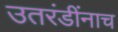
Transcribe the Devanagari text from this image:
उतरंडींनाच